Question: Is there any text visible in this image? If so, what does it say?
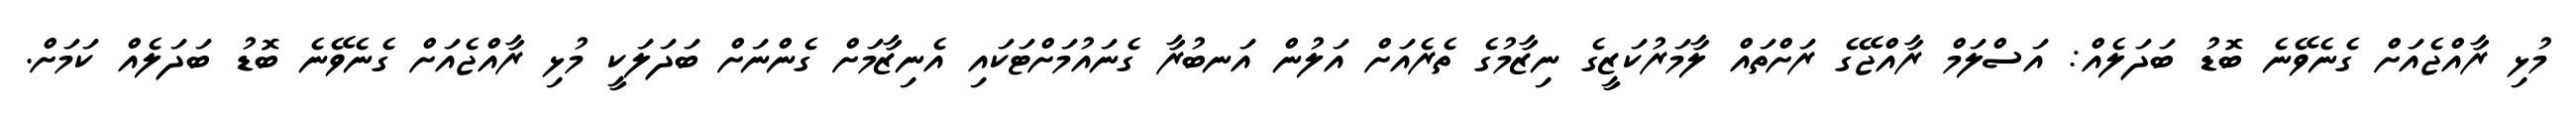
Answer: މުޅި ރާއްޖެއަށް ގެނެވޭނެ ބޮޑު ބަދަލެއް: އަސްލަމް ރާއްޖޭގެ ރަށްތައް ލާމަރުކަޒީގެ ނިޒާމުގެ ތެރެއަށް އަލުން އަނބުރާ ގެނައުމަށްޓަކައި އެނިޒާމަށް ގެންނަށް ބަދަލަކީ މުޅި ރާއްޖެއަށް ގެނެވޭނެ ބޮޑު ބަދަލެއް ކަމަށް.